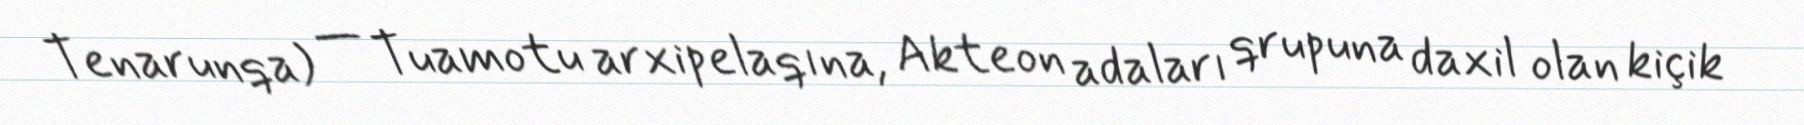
Tenarunqa) — Tuamotu arxipelaqına, Akteon adaları qrupuna daxil olan kiçik